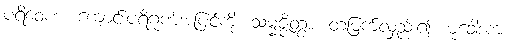
ပရိဝေဏံ၊ ကျောင်းပရိဂုဏ်အပြင်ကို။ သမ္မဇ္ဇိတွာ၊ တံမြက်လှည်း၍။ မုခေါဒကံ၊